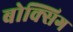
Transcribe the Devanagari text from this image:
बोक्सिग